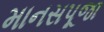
માનસપૂજા